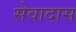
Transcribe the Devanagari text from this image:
सेवादास